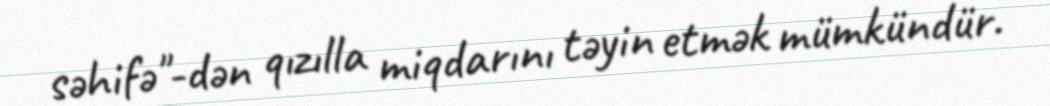
səhifə"-dən qızılla miqdarını təyin etmək mümkündür.